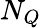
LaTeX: N_{Q}